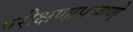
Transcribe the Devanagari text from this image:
परीक्षणाप्रमाणे